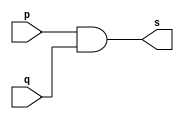
// ------------------------- 
// Exemplo0003 - AND 
// Nome: Daniel Telles McGinnis 
// ------------------------- 
// Alteraes feitas:
// Troquei a porta NOT pela porta AND
// com duas entradas em vez de uma s.
// Previso:
// A sada  a conjuno das entradas.
// Teste 1:
// Entradas: (a=0 e b=0), (a=0 e b=1), (a=1 e b=0) e (a=1 e b=1).
// Observaes da sada:
// A sada  uma tabela verdade da conjuno.
// ------------------------- 
// -- and gate 
// ------------------------- 
module andgate ( output s, 
	input p, 
	input q); 
	assign s = p & q; 
endmodule // andgate 
// --------------------- 
// -- test and gate 
// --------------------- 
module testandgate; 
	// ------------------------- dados locais 
	reg a, b; // definir registradores 
	wire s;   // definir conexao (fio) 
	// ------------------------- instancia 
	andgate AND1 (s, a, b); 
	// ------------------------- preparacao 
	initial begin:start 
		a=0; b=0; 
	end 
	// ------------------------- parte principal 
	initial begin 
		$display("Exemplo0003 - Daniel Telles McGinnis - 435042"); 
		$display("Test AND gate"); 
		$display("\na & b = s\n"); 
		a=0; b=0; 
		#1 $display("%b & %b = %b", a, b, s); 
		a=0; b=1; 
		#1 $display("%b & %b = %b", a, b, s); 
		a=1; b=0; 
		#1 $display("%b & %b = %b", a, b, s); 
		a=1; b=1; 
		#1 $display("%b & %b = %b", a, b, s); 
	end 
endmodule // testandgate